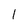
Character: 1